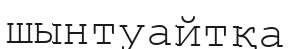
шынтуайтқа